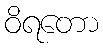
ဝိရတော